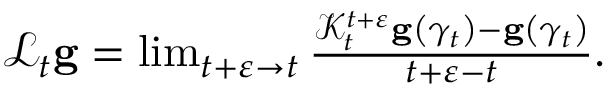
\begin{array} { r } { \mathcal { L } _ { t } \mathbf { g } = \operatorname* { l i m } _ { t + \varepsilon \rightarrow t } \frac { \mathcal { K } _ { t } ^ { t + \varepsilon } \mathbf { g } \left( \gamma _ { t } \right) - \mathbf { g } \left( \gamma _ { t } \right) } { t + \varepsilon - t } . } \end{array}